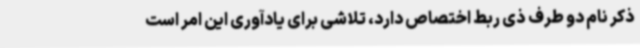
ذکر نام دو طرف ذی ربط اختصاص دارد، تلاشی برای یادآوری این امر است